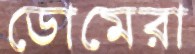
ডোমেরা